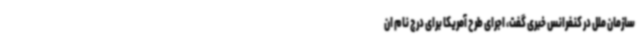
سازمان ملل در کنفرانس خبری گفت،‌ اجرای طرح آمریکا برای درج نام ان